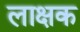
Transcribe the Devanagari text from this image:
लाक्षक